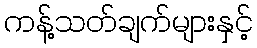
ကန့်သတ်ချက်များနှင့်